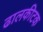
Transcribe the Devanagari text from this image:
ढालकीटक